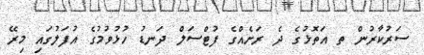
ސަރުކާރުން ތ އަތޮޅުގެ ދެ ރަށެއްގެ ފުޓްސަލް ދަނޑު ހުޅުވުމުގެ އުފަލުގައި މިރޭ